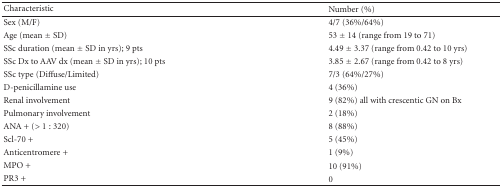
| Characteristic | Number (%) |
 | --- | --- |
 | Sex (M/F) | 4/7 (36%/64%) |
 | Age (mean ± SD) | 53 ± 14 (range from 19 to 71) |
 | SSc duration (mean ± SD in yrs); 9 pts | 4.49 ± 3.37 (range from 0.42 to 10 yrs) |
 | SSc Dx to AAV dx (mean ± SD in yrs); 10 pts | 3.85 ± 2.67 (range from 0.42 to 8 yrs) |
 | SSc type (Diffuse/Limited) | 7/3 (64%/27%) |
 | D-penicillamine use | 4 (36%) |
 | Renal involvement | 9 (82%) all with crescentic GN on Bx |
 | Pulmonary involvement | 2 (18%) |
 | ANA + (>1 : 320) | 8 (88%) |
 | Scl-70 + | 5 (45%) |
 | Anticentromere + | 1 (9%) |
 | MPO + | 10 (91%) |
 | PR3 + | 0 |